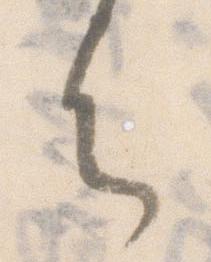
は